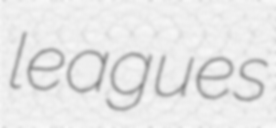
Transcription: leagues